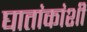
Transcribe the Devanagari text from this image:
घातांकांशी